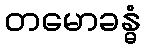
တမောခန္ဓံ